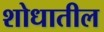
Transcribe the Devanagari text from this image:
शोधातील